Lunatic asylums United Provinces 1909-1921 - 1909-1921
Year: 1909
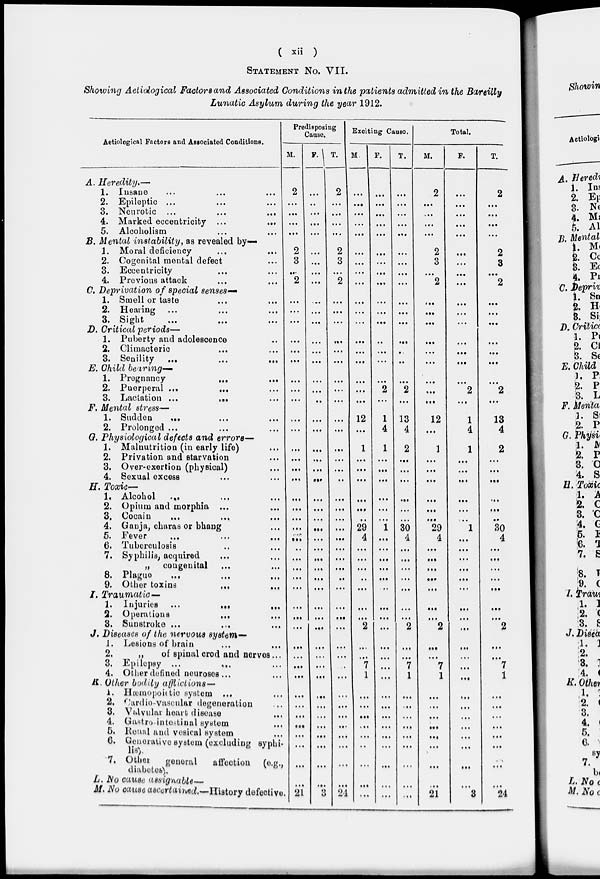
( xii )
STATEMENT No. VII.
Showing Aetiological Factors and Associated Conditions in the patients admitted in the Bareilly
Lunatic Asylum during the year 1912.
Aetiological Factors and Associated Conditions.
A. Heredity.—
1. Insane ... ... ...
2. Epileptic ... ... ...
3. Neurotic
...
...
...
4. Marked eccentricity
...
...
5. Alcoholism ... ...
B. Mental instability, as revealed by—
1. Moral deficiency ... ...
2. Cogenital mental defect ...
3. Eccentricity ... ...
4. Previous attack ... ...
C. Deprivation of special senses—
1. Smell or taste ... ...
2. Hearing ... ... ...
3. Sight
...
...
...
D). Critical periods—
1. Puberty and adolescence ... ...
2. Climacteric ... ... ...
3. Senility
...
...
...
E. Child bearing—
1. Pregnancy
...
...
2. Puerperal
...
...
...
3. Lactation
...
...
...
F. Mental stress—
1. Sudden ... ... ...
2. Prolonged ... ... ...
G. Physiological defects and errors—
1. Malnutrition (in early life) ...
2. Privation and starvation ...
3. Over-exertion (physical) ...
4. Sexual excess ...
H.
Toxic-
1. Alcohol ... ... ...
2. Opium and morphia ... ...
3. Cocain
...
...
...
4. Ganja, charas or bhang ...
5. Fever
...
...
...
6. Tuberculosis ... ...
7. Syphilis, acquired ... ...
„ congenital ... ...
8. Plague ... ... ...
9. Other toxins
...
...
I. Traumatic —
1. Injuries
...
...
...
2. Operations
...
...
3. Sunstroke ... ... ...
J. Diseases of the nervous system—
1. Lesions of brain ... ...
2.
„
of spinal crod and nerves...
3. Epilepsy
...
...
...
4. Other defined neuroses ... ...
K. Other bodily afflictions—
1. Hæmopoietic system ... ...
2. Cardio-vascular degeneration ...
3. Valvular heart disease ...
4. Gastrointestinal system ...
5. Renal and vesical system ...
6. Generative System (excluding syphi-
lis).
7. Other
general
affection (e.g.,
diabetes).
L. No cause assignable—
M. No cause ascertained.—History defective
Predisposing
Cause.
M.
2
...
...
...
...
2
3
...
2
...
...
...
...
...
...
...
...
...
...
...
...
...
...
...
...
...
...
...
...
..
...
...
...
...
...
...
...
...
...
...
...
...
...
...
...
...
...
...
...
21
F.
...
...
...
...
...
...
...
...
...
...
...
...
...
...
...
...
...
...
...
...
...
... .
. ...
...
...
...
...
...
...
...
...
...
...
...
...
...
...
...
...
...
...
...
...
...
...
...
...
...
...
3
T.
2
...
...
...
...
2
3
...
2
...
...
...
...
...
...
...
...
...
...
...
...
...
...
..
...
...
...
...
...
...
...
...
...
...
...
...
...
...
...
...
...
...
...
...
...
...
...
...
...
24
Exciting Cause.
M.
...
...
...
...
...
...
...
...
...
...
...
...
...
...
...
...
...
12
...
1
...
...
...
...
...
...
29
4
...
...
...
...
...
...
...
2
...
...
7
1
...
...
...
...
...
...
...
...
F.
...
...
...
...
...
...
...
...
...
...
...
...
...
...
...
...
2
...
1
4
1
...
...
...
...
...
...
1
...
...
...
...
...
...
...
...
...
...
...
...
...
...
...
...
...
...
...
...
...
...
T.
...
...
...
...
...
...
...
...
...
...
...
...
...
...
...
...
2
...
13
4
2
...
...
...
...
...
...
30
4
...
...
...
...
...
...
...
2
...
...
7
1
...
...
...
...
...
...
...
...
...
Total.
M.
2
...
...
...
...
2
3
...
2
...
...
...
...
...
...
...
...
...
12
...
1
...
...
...
...
...
...
29
4
...
...
...
...
...
...
...
2
...
...
7
1
...
. ..
...
...
...
...
...
...
21
F.
...
...
...
...
...
...
...
...
...
...
...
...
...
...
...
...
2
...
1
4
1
...
...
...
...
...
...
1
...
...
...
...
...
...
...
...
...
...
...
...
...
...
...
...
...
...
...
...
...
3
T.
2
...
...
...
...
2
3
...
2
....
...
...
...
...
...
...
2
...
13
4
2
...
...
...
...
...
...
30
4
...
...
...
...
...
...
...
2
...
...
7
1
...
...
...
...
...
...
...
...
24